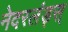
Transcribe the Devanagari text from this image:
नेदरलंड्स्